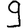
Digit: 9